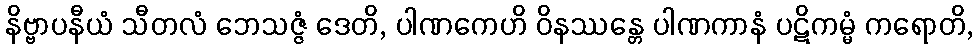
နိဗ္ဗာပနီယံ သီတလံ ဘေသဇ္ဇံ ဒေတိ, ပါဏကေဟိ ဝိနဿန္တေ ပါဏကာနံ ပဋိကမ္မံ ကရောတိ,